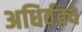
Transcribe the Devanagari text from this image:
अधिर्वक्य